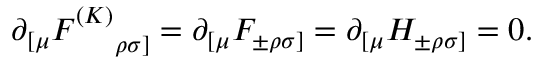
\partial _ { [ \mu } F _ { ~ ~ ~ ~ \rho \sigma ] } ^ { ( K ) } = \partial _ { [ \mu } F _ { \pm \rho \sigma ] } = \partial _ { [ \mu } H _ { \pm \rho \sigma ] } = 0 .